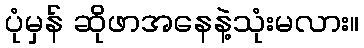
ပုံမှန် ဆိုဖာအနေနဲ့သုံးမလား။